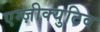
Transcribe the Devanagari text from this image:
एग्ज़ीक्युटिव